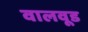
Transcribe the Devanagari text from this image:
वालवूड